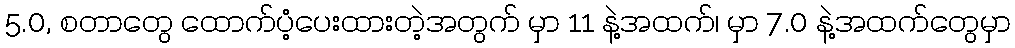
5.0, စတာတွေ ထောက်ပံ့ပေးထားတဲ့အတွက် မှာ 11 နဲ့အထက်၊ မှာ 7.0 နဲ့အထက်တွေမှာ